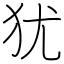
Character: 犹